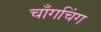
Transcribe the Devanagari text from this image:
चाँगचिंग